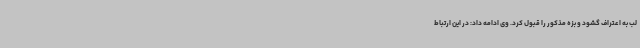
لب به اعتراف گشود و بزه مذکور را قبول کرد. وی ادامه داد: در این ارتباط